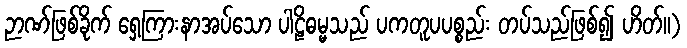
ဉာဏ်ဖြစ်ခိုက် ရှေ့ကြားနာအပ်သော ပါဠိဓမ္မသည် ပကတူပပစ္စည်း တပ်သည်ဖြစ်၍ ဟိတ်။)